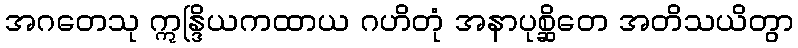
အဂတေသု ဣန္ဒြိယကထာယ ဂဟိတုံ အနာပုစ္ဆိတေ အတိသယိတွာ